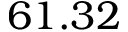
6 1 . 3 2